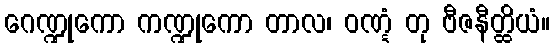
ဂေဏ္ဍုကော ကဏ္ဍုကော တာလ၊ ဝဏ္ဋံ တု ဗီဇနီတ္ထိယံ။